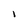
Character: 1